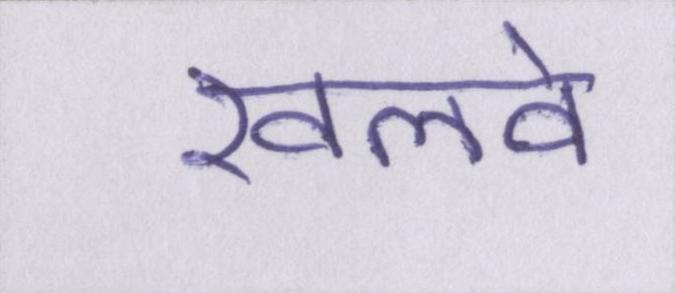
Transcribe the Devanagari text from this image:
खलवे